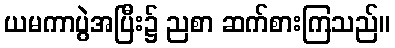
ယမကာပွဲအပြီး၌ ညစာ ဆက်စားကြသည်။